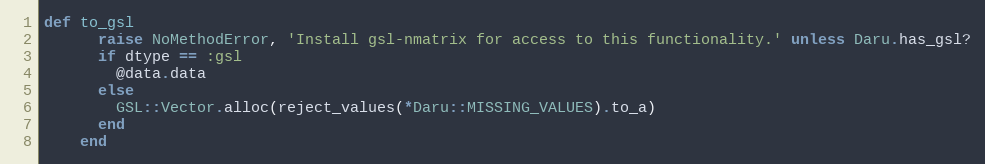
Language: Ruby
def to_gsl
      raise NoMethodError, 'Install gsl-nmatrix for access to this functionality.' unless Daru.has_gsl?
      if dtype == :gsl
        @data.data
      else
        GSL::Vector.alloc(reject_values(*Daru::MISSING_VALUES).to_a)
      end
    end